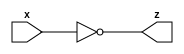
module gac_not_gate (x, z);
  input x;
  output z;
  
  assign z = ~x ;
  
  
endmodule